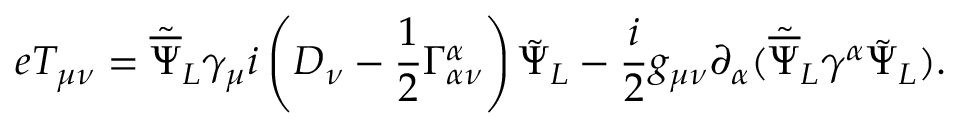
e T _ { \mu \nu } = { \tilde { \overline { { \Psi } } } _ { L } } { \gamma _ { \mu } } i \left( D _ { \nu } - \frac { 1 } { 2 } \Gamma _ { \alpha \nu } ^ { \alpha } \right) { \tilde { \Psi } } _ { L } - \frac { i } { 2 } g _ { \mu \nu } \partial _ { \alpha } ( { \tilde { \overline { { \Psi } } } } _ { L } \gamma ^ { \alpha } { \tilde { \Psi } _ { L } } ) . \nonumber \,